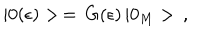
LaTeX: | 0 ( \epsilon ) > \, = \, G ( \epsilon ) \, | 0 _ { M } > \, { , }